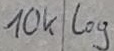
Text: 10k log